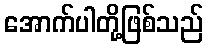
အောက်ပါတို့ဖြစ်သည်